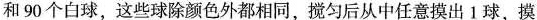
和90个白球，这些球除颜色外都相同，搅匀后从中任意摸出1球，摸